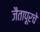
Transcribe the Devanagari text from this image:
जैतापूरचे